Annual administration report of the Civil Veterinary Department of India - 1898-1899
Year: 1898
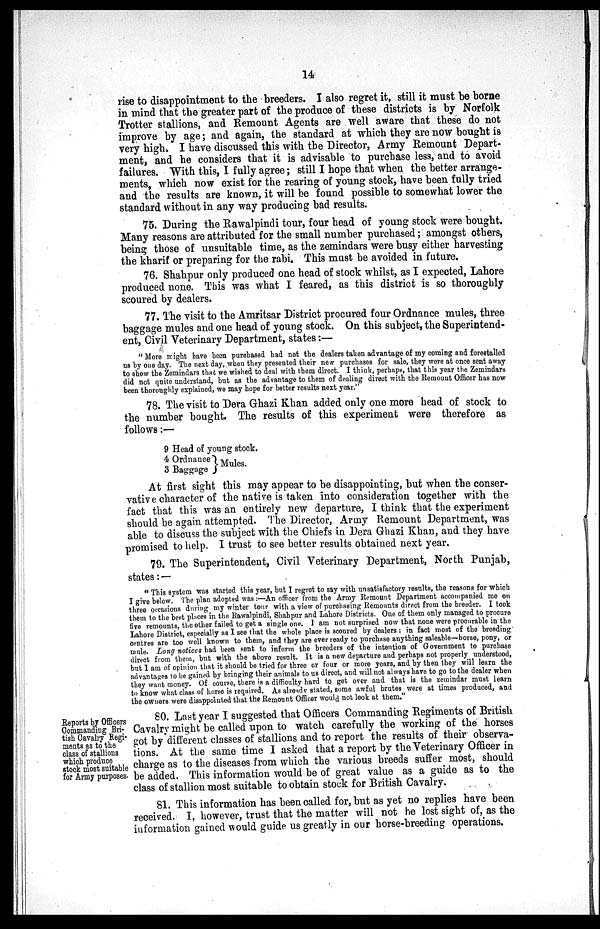
14
rise to disappointment to the breeders. I also regret it, still it must be borne
in mind that the greater part of the produce of these districts is by Norfolk
Trotter stallions, and Remount Agents are well aware that these do not
improve by age; and again, the standard at which they are now bought is
very high. I have discussed this with the Director, Army Remount Depart-
ment, and he considers that it is advisable to purchase less, and to avoid
failures. With this, I fully agree; still I hope that when the better arrange-
ments, which now exist for the rearing of young stock, have been fully tried
and the results are known, it will be found possible to somewhat lower the
standard without in any way producing bad results.
75. During the Rawalpindi tour, four head of young stock were bought.
Many reasons are attributed for the small number purchased; amongst others,
being those of unsuitable time, as the zemindars were busy either harvesting
the kharif or preparing for the rabi. This must be avoided in future.
76. Shahpur only produced one head of stock whilst, as I expected, Lahore
produced none. This was what I feared, as this district is so thoroughly
scoured by dealers.
77. The visit to the Amritsar District procured four Ordnance mules, three
baggage mules and one head of young stock. On this subject, the Superintend-
ent, Civil Veterinary Department, states:—
"More might have been purchased had not the dealers taken advantage of my coming and forestalled
us by one day. The next day, when they presented their new purchases for sale, they were at once sent away
to show the Zemindars that we wished to deal with them direct. I think, perhaps, that this year the Zemindars
did not quite understand, but as the advantage to them of dealing direct with the Remount Officer has now
been thoroughly explained, we may hope for better results next year."
78. The visit to Dera Ghazi Khan added only one more head of stock to
the number bought. The results of this experiment were therefore as
follows:—
9 Head of young stock.
4 Ordnance
3 Baggage
Mules.
At first sight this may appear to be disappointing, but when the conser-
vative character of the native is taken into consideration together with the
fact that this was an entirely new departure, I think that the experiment
should be again attempted. The Director, Army Remount Department, was
able to discuss the subject with the Chiefs in Dera Ghazi Khan, and they have
promised to help. I trust to see better results obtained next year.
79. The Superintendent, Civil Veterinary Department, North Punjab,
states:—
"This system was started this year, but I regret to say with unsatisfactory results, the reasons for which
I give below. The plan adopted was:—An officer from the Army Remount Department accompanied me on
three occasions during my winter tour with a view of purchasing Remounts direct from the breeder. I took
them to the best places in the Rawalpindi, Shahpur and Lahore Districts. One of them only managed to procure
five remounts, the other failed to get a single one. I am not surprised now that none were procurable in the
Lahore District, especially as I see that the whole place is scoured by dealers: in fact most of the breeding
centres are too well known to them, and they are ever ready to purchase anything saleable—horse, pony, or
mule. Long notices had been sent to inform the breeders of the intention of Government to purchase
direct from them, but with the above result. It is a new departure and perhaps not properly understood,
but I am of opinion that it should be tried for three or four or more years, and by then they will learn the
advantages to be gained by bringing their animals to us direct, and will not always have to go to the dealer when
they want money. Of course, there is a difficulty hard to get over and that is the zemindar must learn
to know what class of horse is required. As already stated, some awful brutes were at times produced, and
the owners were disappointed that the Remount Officer would not look at them."
Reports by Officers
Commanding Bri-
tish Cavalry Regi-
ments as to the
class of stallions
which produce
stock most suitable
for Army purposes.
80. Last year I suggested that Officers Commanding Regiments of British
Cavalry might be called upon to watch carefully the working of the horses
got by different classes of stallions and to report the results of their observa-
tions. At the same time I asked that a report by the Veterinary Officer in
charge as to the diseases from which the various breeds suffer most, should
be added. This information would be of great value as a guide as to the
class of stallion most suitable to obtain stock for British Cavalry.
81. This information has been called for, but as yet no replies have been
received. I, however, trust that the matter will not be lost sight of, as the
information gained would guide us greatly in our horse-breeding operations.